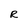
Character: R